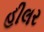
હીલર